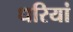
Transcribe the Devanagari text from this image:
धरियां